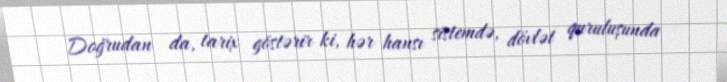
Doğrudan da, tarix göstərir ki, hər hansı sistemdə, dövlət quruluşunda